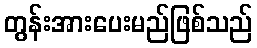
တွန်းအားပေးမည်ဖြစ်သည်